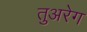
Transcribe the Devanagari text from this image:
तुअरेग